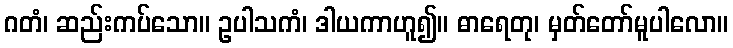
ဂတံ၊ ဆည်းကပ်သော။ ဥပါသကံ၊ ဒါယကာဟူ၍။ ဓာရေတု၊ မှတ်တော်မူပါလော။